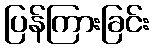
ပြန်ကြားခြင်း